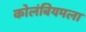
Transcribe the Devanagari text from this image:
कोलंबियमला